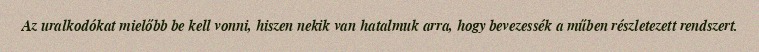
Az uralkodókat mielőbb be kell vonni, hiszen nekik van hatalmuk arra, hogy bevezessék a műben részletezett rendszert.